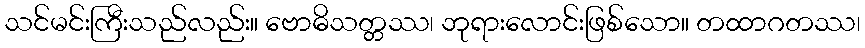
သင်မင်းကြီးသည်လည်း။ ဗောဓိသတ္တဿ၊ ဘုရားလောင်းဖြစ်သော။ တထာဂတဿ၊